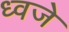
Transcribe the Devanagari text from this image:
ध्वजे